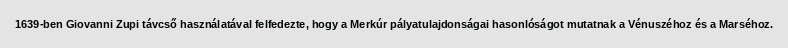
1639-ben Giovanni Zupi távcső használatával felfedezte, hogy a Merkúr pályatulajdonságai hasonlóságot mutatnak a Vénuszéhoz és a Marséhoz.